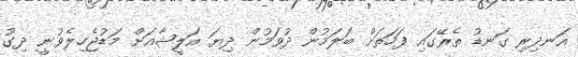
އަނދިރި ގަނޑު ތެރޭގައި ފަހަތަށް ބަލަމުން ދުވަމުން ދިޔަ އަލީޝާއަށް މަޑުޖެހިލެވުނީ ދިގު